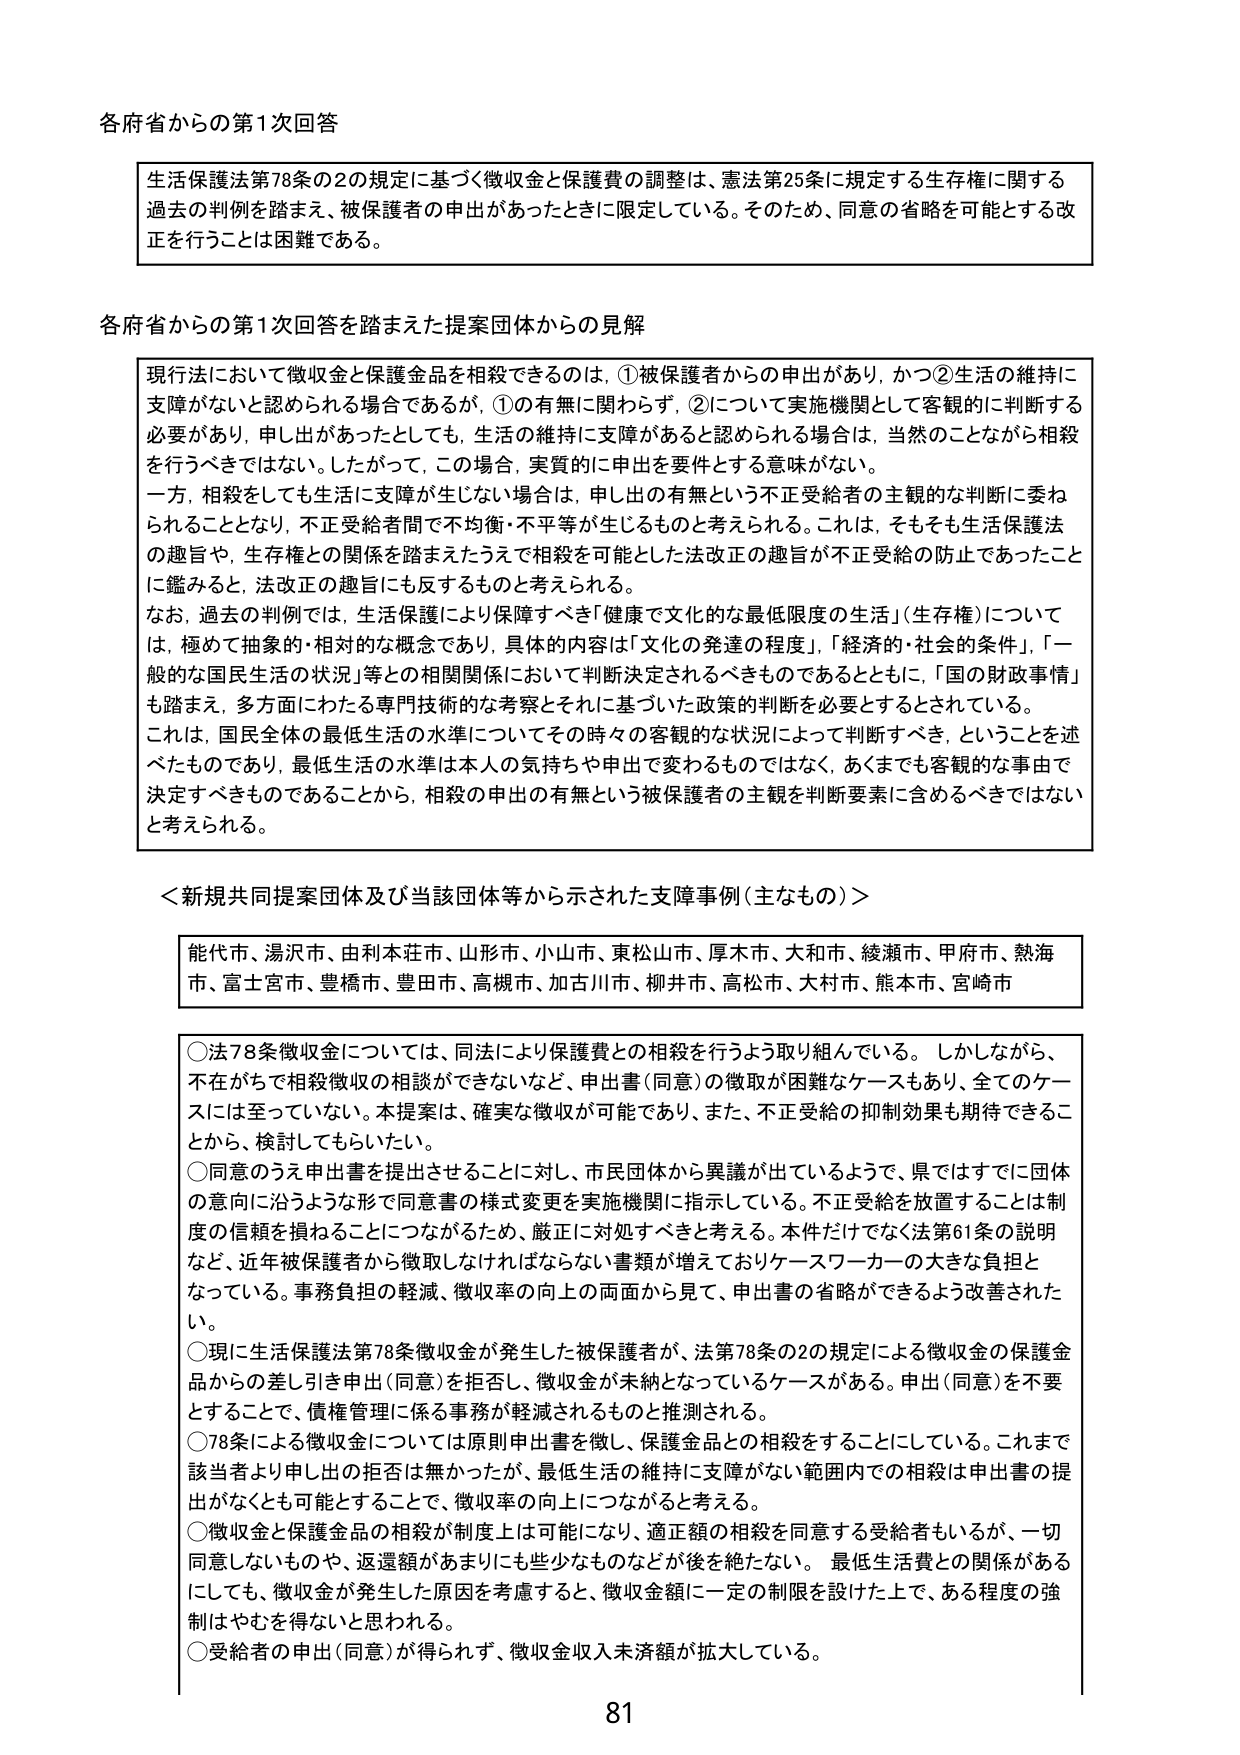
各府省からの第1次回答

生活保護法第78条の2の規定に基づく徴収金と保護費の調整は、憲法第25条に規定する生存権に関する過去の判例を踏まえ、被保護者の申出があったときに限定している。そのため、同意の省略を可能とする改正を行うことは困難である。

各府省からの第1次回答を踏まえた提案団体からの見解

現行法において徴収金と保護金品を相殺できるのは、①被保護者からの申出があり、かつ②生活の維持に支障がないと認められる場合であるが、①の有無に関わらず、②について実施機関として客観的に判断する必要があり、申し出があったとしても、生活の維持に支障があると認められる場合は、当然のことながら相殺を行うべきではない。したがって、この場合、実質的に申出を要件とする意味がない。
一方、相殺をしても生活に支障が生じない場合は、申し出の有無という不正受給者の主観的な判断に委ねられることとなり、不正受給者間で不均衡・不平等が生じるものと考えられる。これは、そもそも生活保護法の趣旨や、生存権との関係を踏まえたうえで相殺を可能とした法改正の趣旨が不正受給の防止であったことに鑑みると、法改正の趣旨にも反するものと考えられる。
なお、過去の判例では、生活保護により保障すべき「健康で文化的な最低限度の生活」（生存権）については、極めて抽象的・相対的な概念であり、具体的内容は「文化の発達の程度」、「経済的・社会的条件」、「一般的な国民生活の状況」等との相関関係において判断決定されるべきものであるとともに、「国の財政事情」も踏まえ、多方面にわたる専門技術的な考察とそれに基づいた政策的判断を必要とするとされている。
これは、国民全体の最低生活の水準についてその時々の客観的な状況によって判断すべき、ということを述べたものであり、最低生活の水準は本人の気持ちや申出で変わるものではなく、あくまでも客観的な事由で決定すべきものであることから、相殺の申出の有無という被保護者の主観を判断要素に含めるべきではないと考えられる。

＜新規共同提案団体及び当該団体等から示された支障事例（主なもの）＞

能代市、湯沢市、由利本荘市、山形市、小山市、東松山市、厚木市、大和市、綾瀬市、甲府市、熱海市、富士宮市、豊橋市、豊田市、高槻市、加古川市、柳井市、高松市、大村市、熊本市、宮崎市

○法78条徴収金については、同法により保護費との相殺を行うよう取り組んでいる。しかしながら、不在がちで相殺徴収の相談ができないなど、申出書（同意）の徴取が困難なケースもあり、全てのケースには至っていない。本提案は、確実な徴収が可能であり、また、不正受給の抑制効果も期待できることから、検討してもらいたい。
○同意のうえ申出書を提出させることに対し、市民団体から異議が出ているようで、県ではすでに団体の意向に沿うような形で同意書の様式変更を実施機関に指示している。不正受給を放置することは制度の信頼を損ねることにつながるため、厳正に対処すべきと考える。本件だけでなく法第61条の説明など、近年被保護者から徴取しなければならない書類が増えておりケースワーカーの大きな負担となっている。事務負担の軽減、徴収率の向上の両面から見て、申出書の省略ができるよう改善されたい。
○現に生活保護法第78条徴収金が発生した被保護者が、法第78条の2の規定による徴収金の保護金品からの差し引き申出（同意）を拒否し、徴収金が未納となっているケースがある。申出（同意）を不要とすることで、債権管理に係る事務が軽減されるものと推測される。
○78条による徴収金については原則申出書を徴し、保護金品との相殺することにしている。これまで該当者より申し出の拒否は無かったが、最低生活の維持に支障がない範囲内での相殺は申出書の提出がなくとも可能とすることで、徴収率の向上につながると考える。
○徴収金と保護金品の相殺が制度上は可能になり、適正額の相殺を同意する受給者もいるが、一切同意しないものや、返還額があまりにも些少なものなどが後を絶たない。最低生活費との関係があるにしても、徴収金が発生した原因を考慮すると、徴収金額に一定の制限を設けた上で、ある程度の強制はやむを得ないと思われる。
○受給者の申出（同意）が得られず、徴収金収入未済額が拡大している。

81